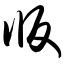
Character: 版